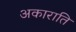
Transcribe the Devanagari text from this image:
अकाराति